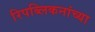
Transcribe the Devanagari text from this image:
रिपब्लिकनांच्या